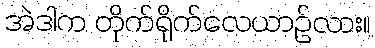
အဲဒါက တိုက်ရိုက်လေယာဉ်လား။